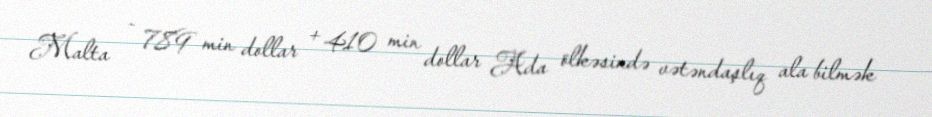
Malta - 789 min dollar + 410 min dollar Ada ölkəsində vətəndaşlıq ala bilmək